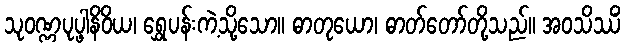
သုဝဏ္ဏပုပ္ဖါနိဝိယ၊ ရွှေပန်းကဲ့သို့သော။ ဓာတုယော၊ ဓာတ်တော်တို့သည်။ အဝသိဿိံ